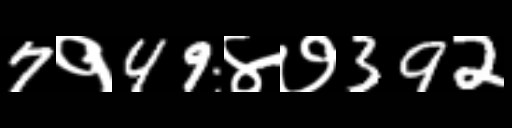
Text: 7१49४७392